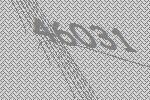
46031